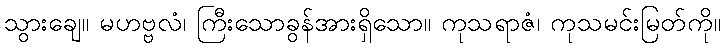
သွားချေ။ မဟဗ္ဗလံ၊ ကြီးသောခွန်အားရှိသော။ ကုသရာဇံ၊ ကုသမင်းမြတ်ကို။